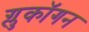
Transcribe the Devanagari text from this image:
ग्लुकॉगन